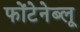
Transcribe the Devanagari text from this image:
फोंटेनेब्लू